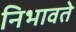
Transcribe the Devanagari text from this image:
निभावते